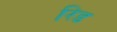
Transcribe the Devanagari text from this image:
रिड